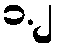
၁.၂